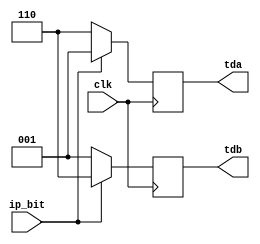
module rs424_transmitter(clk, ip_bit, tda, tdb);
  input clk;
  input ip_bit;
  output reg [2:0] tda;
  output reg [2:0] tdb;

  always @(posedge clk) begin
    if (ip_bit == 0) begin
      tda = 6;
      tdb = 1;
    end
    if (ip_bit == 1) begin
      tda = 1;
      tdb = 6;
    end
  end
endmodule

module rs424_receiver(clk, rda, rdb, op_bit);
  input clk;
  input [2:0] rda;
  input [2:0] rdb;
  output reg op_bit;

  always @(posedge clk) begin
    if ((rda - rdb) < 0) begin
      op_bit = 1;
    end
    if ((rda - rdb ) > 0) begin
      op_bit = 0;
    end
    
  end
endmodule